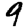
Digit: 9